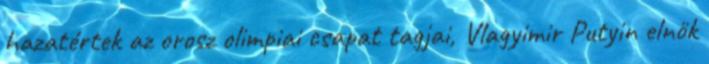
hazatértek az orosz olimpiai csapat tagjai, Vlagyimir Putyin elnök